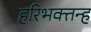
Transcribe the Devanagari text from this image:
हरिभक्तन्ह